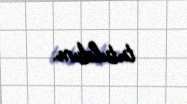
tutuldum.